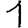
Digit: 1